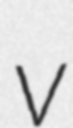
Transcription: v